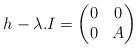
\begin{align*} h-\lambda.I = \left( \begin{matrix} 0 & 0 \\ 0 & A \end{matrix} \right)\end{align*}